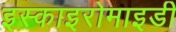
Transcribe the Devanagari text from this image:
इस्काइरोमाइडी